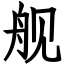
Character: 舰